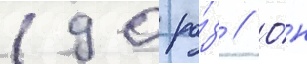
190 ра́з // О́н